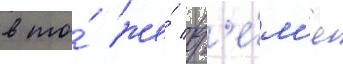
в то́ же́ вр'е́м'я